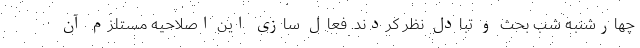
چهارشنبه شب بحث و تبادل نظر کردند. فعال سازی این اصلاحیه مستلزم آن